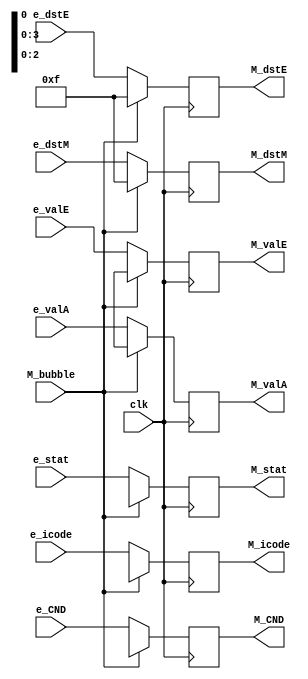
module memory_reg (
    clk,
    M_bubble,
    e_stat, e_icode, e_CND, e_valE, e_valA, e_dstE, e_dstM,
    M_stat, M_icode, M_CND, M_valE, M_valA, M_dstE, M_dstM
);

input clk;

input M_bubble;
input [2:0] e_stat;
input [3:0] e_icode;
input e_CND;
input [63:0] e_valE, e_valA;
input [3:0] e_dstE, e_dstM;

output reg [2:0] M_stat;
output reg [3:0] M_icode;
output reg M_CND;
output reg [63:0] M_valE, M_valA;
output reg [3:0] M_dstE, M_dstM;



always @(posedge clk) begin
    if (M_bubble==1'b0) 
    begin
        M_stat  = e_stat;
        M_icode = e_icode;
        M_CND   = e_CND;
        M_valE  = e_valE;
        M_valA  = e_valA;
        M_dstE  = e_dstE;
        M_dstM  = e_dstM;
    end
    else if (M_bubble==1'b1)
    begin
        M_stat  = 3'bx;
        M_icode = 4'bx;
        M_CND   = 1'bx;
        M_valE  = 64'bx;
        M_valA  = 64'bx;
        M_dstE  = 4'hF;
        M_dstM  = 4'hF;
    end
end

endmodule